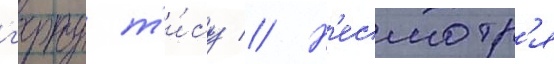
г'ерту т'и́су // Н'есмотр'я